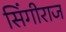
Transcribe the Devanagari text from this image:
सिंगीराज